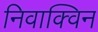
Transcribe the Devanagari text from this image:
निवाक्विन